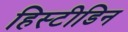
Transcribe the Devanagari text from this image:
हिस्टीडिन